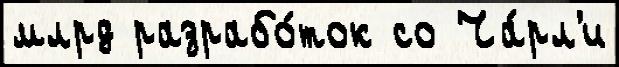
млрд разрабо́ток со Ча́рл'и